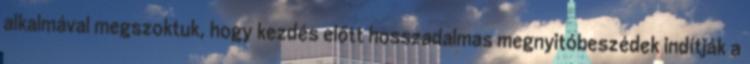
alkalmával megszoktuk, hogy kezdés előtt hosszadalmas megnyitóbeszédek indítják a